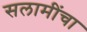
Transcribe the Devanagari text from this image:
सलामींचा